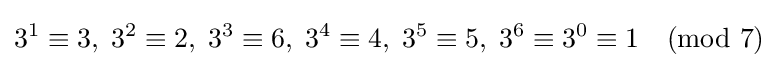
3^{1}\equiv 3,\;3^{2}\equiv 2,\;3^{3}\equiv 6,\;3^{4}\equiv 4,\;3^{5}\equiv 5,\;3^{6}\equiv 3^{0}\equiv 1{\pmod {7}}